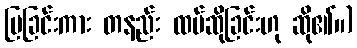
ပြခြင်းကား တနည်း ထပ်ဆိုခြင်းဟု ဆို၏။)